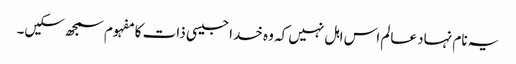
یہ نام نہاد عالم اس اہل نہیں کہ وہ خدا جیسی ذات کا مفہوم سمجھ سکیں۔